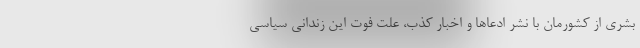
بشری از کشورمان با نشر ادعاها و اخبار کذب، علت فوت این زندانی سیاسی